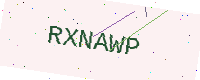
Text: RXNAWP